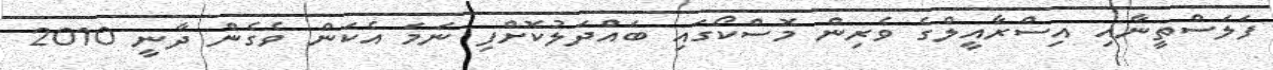
ފަލަސްތީނާއި އިސްރާއީލްގެ ވެރިން މޮސްކޯގައި ބައްދަލުކޮށްފި ނަމަ އެކަން ވެގެން ދާނީ 2010